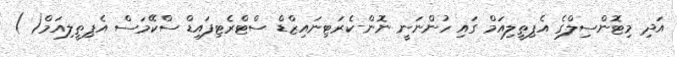
އަދި މިޓޮންސިލްގެ އެޕިތީލިއަމް ގައި ހުންނަނީ ނޮން-ކެރަޓިނައިޒްޑް ސްޓްރެޓިފައިޑް ސްކޭމަސް އެޕިތީލިއަމް( )